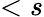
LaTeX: <s